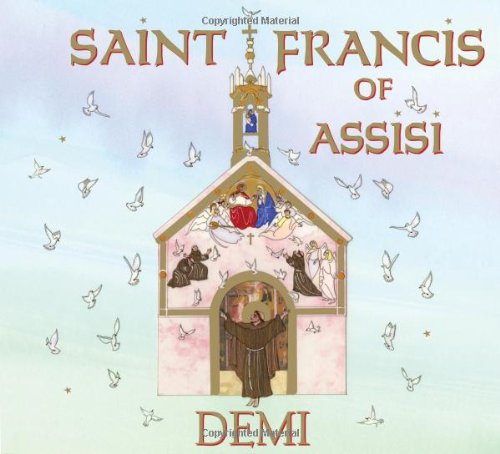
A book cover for Saint Francis of Assisi; Demi; Children's Books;